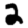
Digit: 2